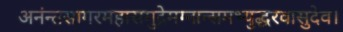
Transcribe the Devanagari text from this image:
अनंन्तसागरमहासमुद्रेमग्नान्समभ्युद्धरवासुदेव।